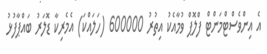
އެ އިންވެސްޓްމަންޓް ފްލޮޕް ވުމާއެކު އިތުރު 600000 (ހަލައްކަ) އެމެރިކާ ޑޮލަރު ބައްޕާފުޅު